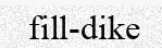
fill-dike